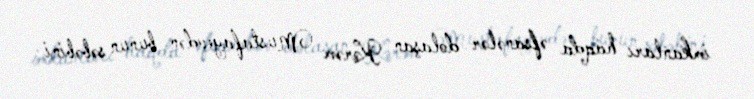
imkanları haqda əfsanələr dolaşan Kərəm Mustafayevdən bunun səbəbini